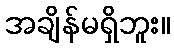
အချိန်မရှိဘူး။